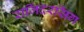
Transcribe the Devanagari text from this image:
राजिंदरसिंग